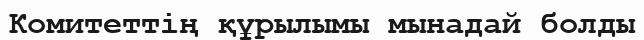
Комитеттің құрылымы мынадай болды